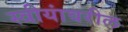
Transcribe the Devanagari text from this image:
स्त्रीयांवरील